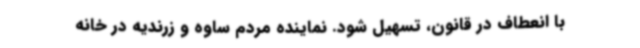
با انعطاف در قانون، تسهیل شود. نماینده مردم ساوه و زرندیه در خانه